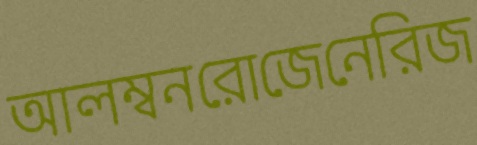
আলম্বনরোজেনেরিজ